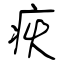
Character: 疢